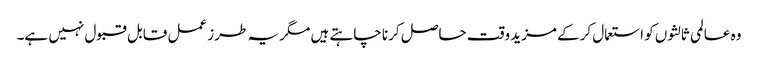
وہ عالمی ثالثوں کو استعمال کرکے مزید وقت حاصل کرنا چاہتے ہیں مگر یہ طرز عمل قابل قبول نہیں ہے۔